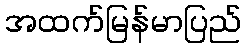
အထက်မြန်မာပြည်